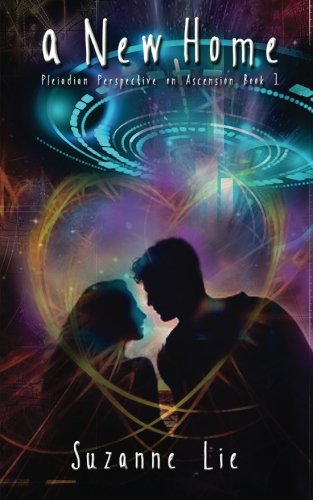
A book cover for A New Home - Pleiadian Perspective on Ascension Book 1; Suzanne Lie; Romance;